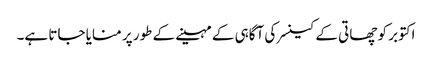
اکتوبر کو چھاتی کے کینسر کی آگاہی کے مہینے کے طور پر منایا جاتا ہے۔